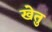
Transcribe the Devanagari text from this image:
खेतु